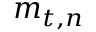
{ { m } } _ { t , n }